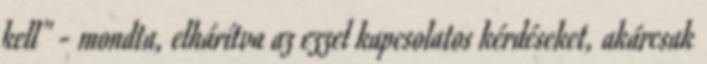
kell" - mondta, elhárítva az ezzel kapcsolatos kérdéseket, akárcsak